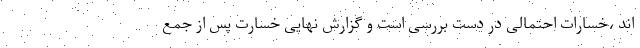
اند ،خسارات احتمالی در دست بررسی است و گزارش نهایی خسارت پس از جمع